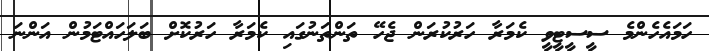
ހަމައެހެންމެ ސީސީޓީވީ ކެމަރާ ހަރުކުރަން ޖެހޭ ތަންތަނުގައި ކެމަރާ ހަރުކޮށް ބަލަހައްޓަމުން އަންނަ